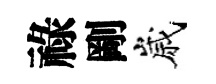
祿剛嵗